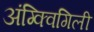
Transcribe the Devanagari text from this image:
अंग्क्विगिली